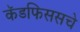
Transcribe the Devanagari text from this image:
कॅडफिससचे